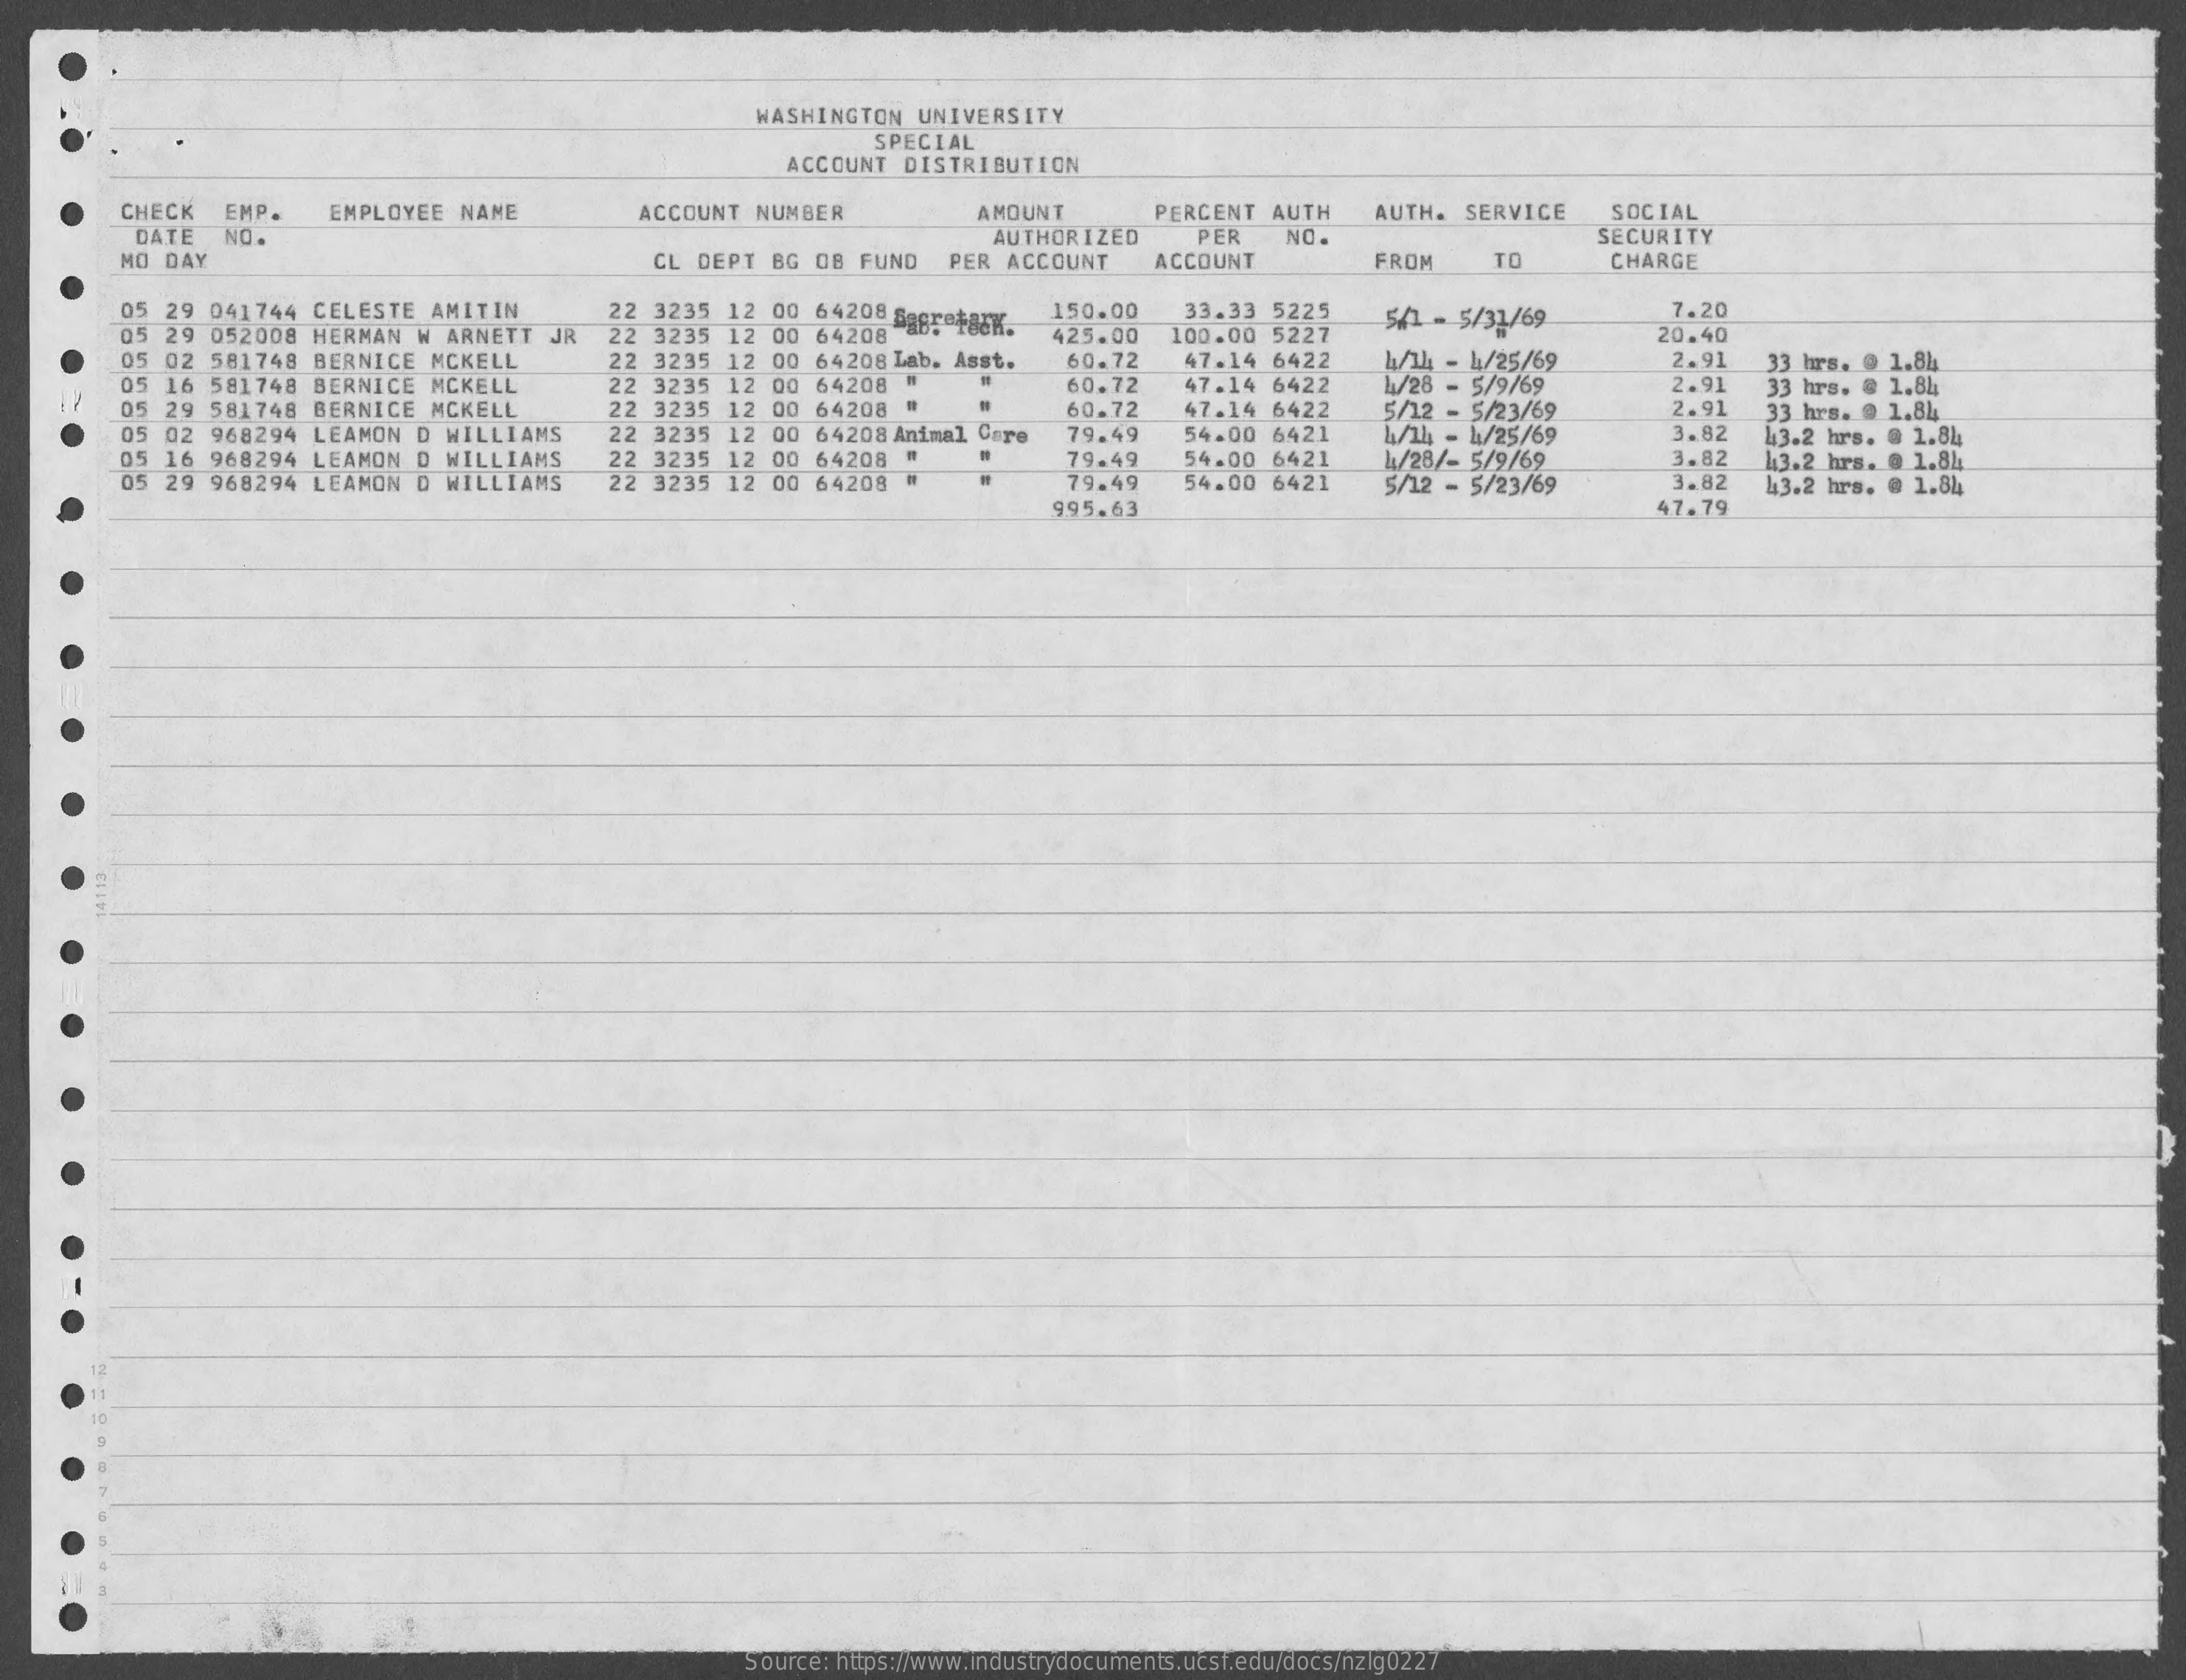
WASHINGTON UNIVERSITY
     SPECIAL
     ACCOUNT DISTRIBUTION
     CHECK EMP. EMPLOYEE NAME ACCOUNT NUMBER AMOUNT PERCENT AUTH AUTH. SERVICE SOCIAL
     DATE NO.    PER NO.
     MO DAY
     AUTHORIZED
     CL DEPT BG OB FUND PER ACCOUNT ACCOUNT
     SECURITY
     FROM  TO   CHARGE
     05 29 041744 CELESTE AMITIN    150.00
     05 29 052008 HERMAN W ARNETT JR
     22 3235 12 00 64208 Sapretark.
     33.33 5225    7.20
     05 02 581748 BERNICE MCKELL
     22 3235 12 00 64208
     22 3235 12 00 64208 Lab. Asst.
     425.00 100.00 5227
     5/1 - 5/31/69
     60.72 47.14 6422 4/14 - 4/25/69
     20.40
     11/28
     2.91
     05 16 581748 BERNICE MCKELL 22 3235 12 00 64208 #
     33 hrs. @ 1.84
     22 3235 12 00 64208 #
     60.72 47.14 6422
     60.72 47.14 6422
     - 5/9/69  2.91
     05 29 581748 BERNICE MCKELL
     33 hrs. @ 1.84
     22 3235 12 00 64208 Animal Care
     5/12 - 5/23/69 2.91
     4/14 - 4/25/69 3.82
     33 hrs. @ 1.84
     05 02 968294 LEAMON D WILLIAMS
     05 16 968294 LEAMON D WILLIAMS 22 3235 12 00 64208 "
     79.49 54.00 6421
     .
     05 29 968294 LEAMON D WILLIAMS 22 3235 12 00 64208 #
     79.49
     79.49
     54.00 6421
     54.00 6421
     4/28/- 5/9/69 3.82
     43.2 hrs. @ 1.84
     5/12 - 5/23/69 3.82
     43.2 hrs. @ 1.84
     43.2 hrs. @ 1.84
     995.63    47.79
    10
     Source: https://www.industrydocuments.ucsf.edu/docs/nzlg0227